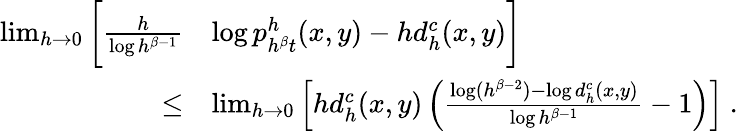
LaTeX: \begin{array}{rl}{\operatorname*{lim}_{h\rightarrow 0}\bigg[\frac{h}{\log h^{\beta-1}}}&{\log p_{h^{\beta}t}^{h}(x,y)-hd_{h}^{c}(x,y)\bigg]}\\ {\leq}&{\operatorname*{lim}_{h\rightarrow 0}\left[hd_{h}^{c}(x,y)\left(\frac{\log(h^{\beta-2})-\log d_{h}^{c}(x,y)}{\log h^{\beta-1}}-1\right)\right]\ .}\end{array}